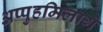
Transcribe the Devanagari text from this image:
अप्पुहमिलागे